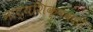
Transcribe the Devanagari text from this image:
नाट्यशिक्षकही